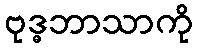
ဗုဒ္ဓဘာသာကို